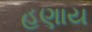
હણાય